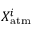
X _ { \mathrm { a t m } } ^ { i }